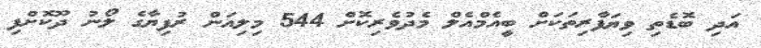
އަދި ބޮޑެތި ވިޔަފާރިތަކަށް ބީއެމްއެލް މެދުވެރިކޮށް 544 މިލިއަން ރުފިޔާގެ ލޯނު ދޫކޮށްފި